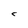
Character: C